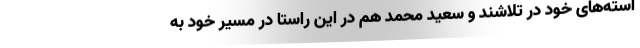
استه‌های خود در تلاشند و سعید محمد هم در این راستا در مسیر خود به